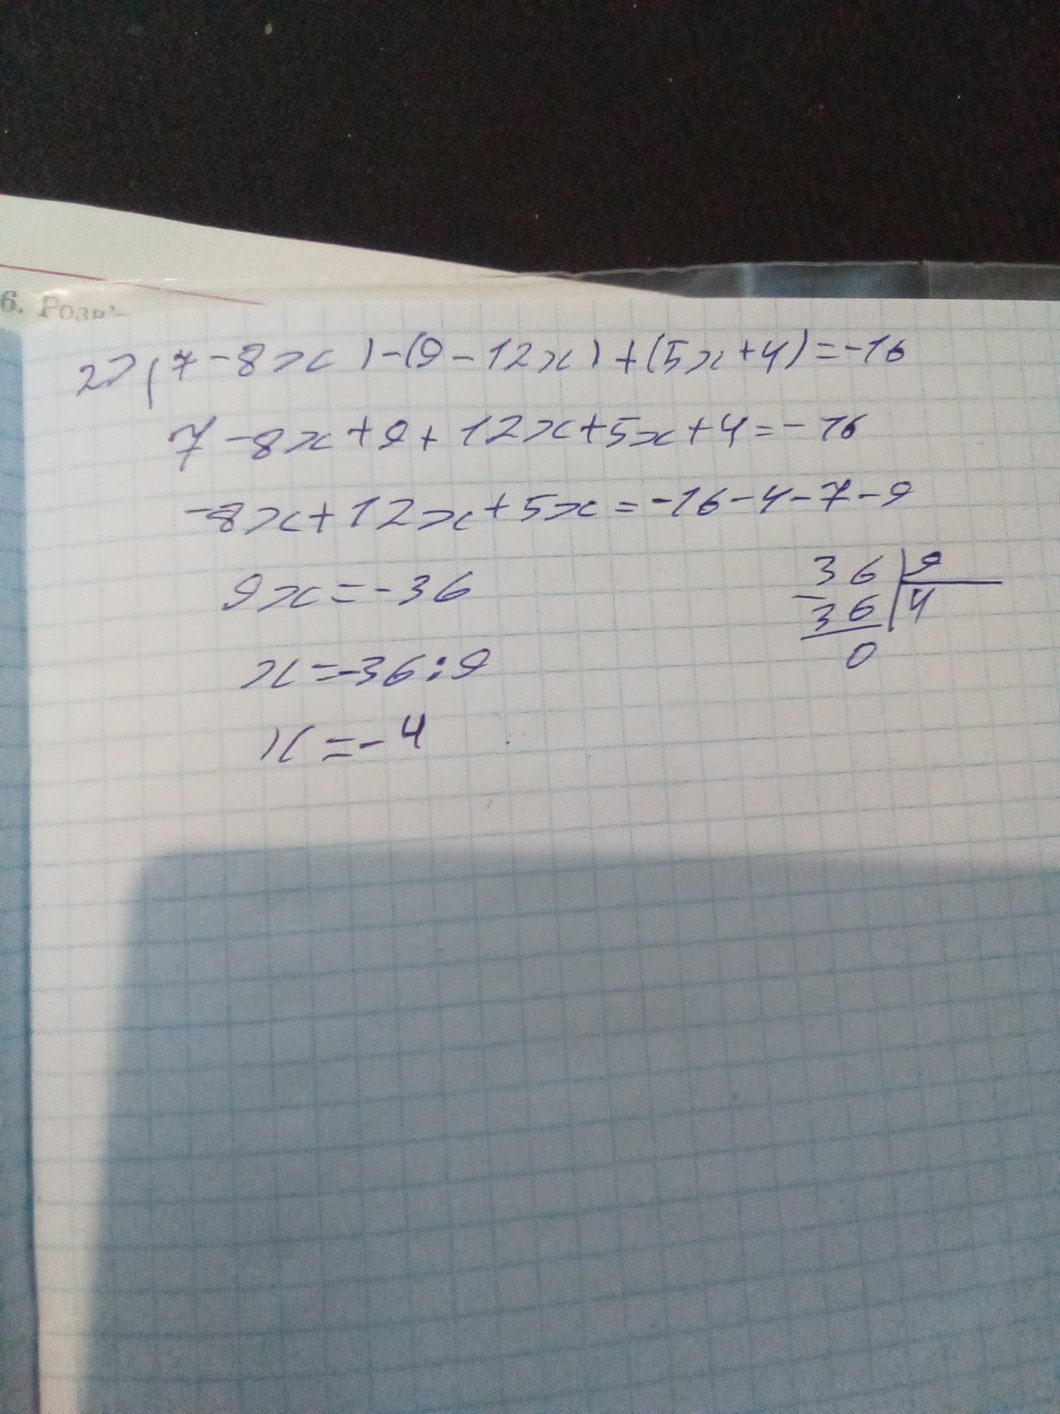
27(7 - 8x) - (9 - 12x) + (5x + 4) = - 16
7 - 8x + 9 + 12x + 5x + 4 = - 16
- 8x + 12x + 5x = - 16 - 4 - 7 - 9
36 | 9
36 | 4
0
9x = - 36
x = -36 / 9
x = - 4